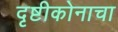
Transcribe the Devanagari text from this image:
दृष्टीकोनाचा